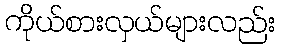
ကိုယ်စားလှယ်များလည်း